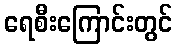
ရေစီးကြောင်းတွင်